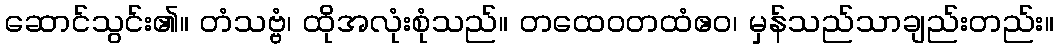
ဆောင်သွင်း၏။ တံသဗ္ဗံ၊ ထိုအလုံးစုံသည်။ တထေဝတထံဧဝ၊ မှန်သည်သာချည်းတည်း။